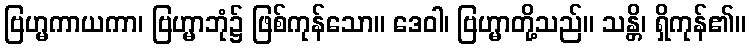
ဗြဟ္မကာယကာ၊ ဗြဟ္မာဘုံ၌ ဖြစ်ကုန်သော။ ဒေဝါ၊ ဗြဟ္မာတို့သည်။ သန္တိ၊ ရှိကုန်၏။